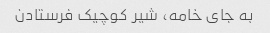
به جای خامه، شیر کوچیک فرستادن